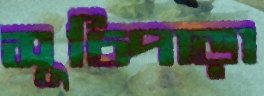
সূচিপাড়া